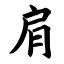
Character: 肩